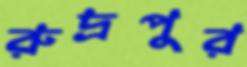
রুদ্রপুর